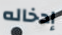
إدخاله